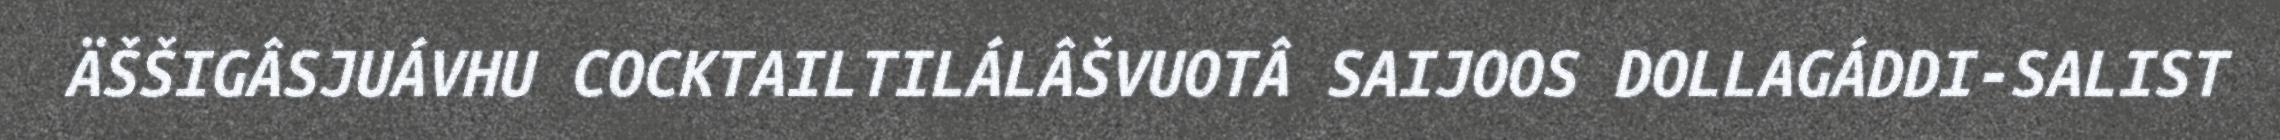
ÄŠŠIGÂSJUÁVHU COCKTAILTILÁLÂŠVUOTÂ SAIJOOS DOLLAGÁDDI-SALIST